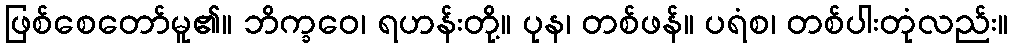
ဖြစ်စေတော်မူ၏။ ဘိက္ခဝေ၊ ရဟန်းတို့။ ပုန၊ တစ်ဖန်။ ပရံစ၊ တစ်ပါးတုံလည်း။